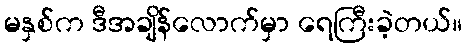
မနှစ်က ဒီအချိန်လောက်မှာ ရေကြီးခဲ့တယ်။